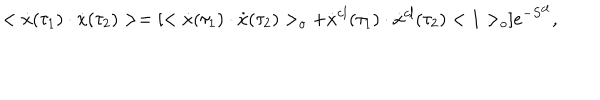
< \dot { x } ( \tau _ { 1 } ) \cdot \dot { x } ( \tau _ { 2 } ) > = [ < \dot { x } ( \tau _ { 1 } ) \cdot \dot { x } ( \tau _ { 2 } ) > _ { o } + \dot { x } ^ { c l } ( \tau _ { 1 } ) \cdot \dot { x } ^ { c l } ( \tau _ { 2 } ) < 1 > _ { o } ] e ^ { - S ^ { c l } } ,